Medical and sanitary report of the native army of Bengal for the year
Year: 1878
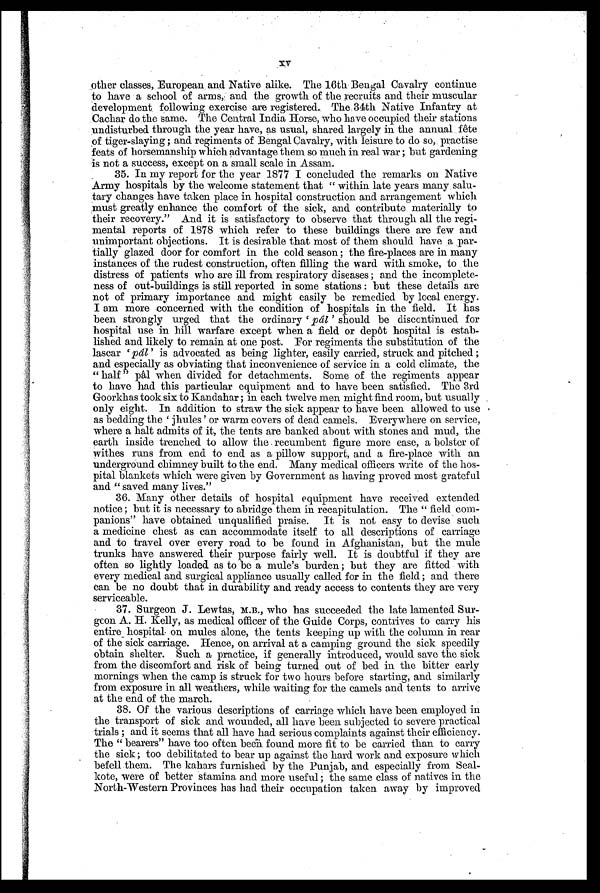
XV
other classes, European. and Native alike. The 16th Bengal Cavalry continue
to have a school of arms, and the growth of the recruits and their muscular
development following exercise are registered The 34th Native Infantry at
Cachar do the same. The Central India Horse, who have occupied their stations
undisturbed through the year have, as usual, shared largely in the annual fête
of tiger-slaying ; and regiments of Bengal Cavalry, with leisure to do so, practise
feats of horsemanship which advantage them so much in real war ; but gardening
is not a success, except on a small scale in Assam.
35. In my report for the year 1877 I concluded the remarks on Native
Army hospitals by the welcome statement that "within late years many salu
-tary changes have taken place in hospital construction and arrangement which
must greatly enhance the comfort of the sick, and contribute materially to
their recovery." And it is satisfactory to observe that through all the regi
-mental reports of 1878 which refer to these buildings there are few and
unimportant objections. It is desirable that most of them should have .a par
-tially glazed door for comfort in the cold season ; the fire-places are in many
instances of the rudest construction, often filling the ward with smoke, to the
distress of patients who are ill from respiratory diseases ; and the incomplete
-ness of out-buildings is still reported in some stations : but these details are
not of primary importance and might easily be remedied by local energy.
I am more concerned with the condition of hospitals in the field. It has
been strongly urged that the ordinary 'pâl' should be discontinued for
hospital use in hill warfare except when a field or depôt hospital is estab
-lished and likely to remain at one post. For regiments the substitution of the
lascar ' pâl' is advocated as being lighter, easily carried, struck and pitched ;
and especially as obviating that inconvenience of service in a cold climate, the
"half" pâl when divided for detachments. Some of the regiments appear
to have had this particular equipment and to have been satisfied. The 3rd
Goorkhas took six to Kandahar ; in each twelve men might find room, but usually
only eight. In addition to straw the sick appear to have been allowed to use
as beddi ng t he ' j hul es ' or war m cover s of dead camel s . Ever ywher e on s er vi ce,
where a halt admits of it, the tents are banked about with stones and mud, the
earth inside trenched to allow the recumbent figure more ease, a bolster of
withes runs from end to end as a pillow support, and a fire-place with an
underground chimney built to the end. Many medical officers write of the hos
-pital blankets which were given by Government as having proved most grateful
and "saved many lives."
36. Many other details of hospital equipment have received extended
notice ; but it is necessary to abridge them in recapitulation. The "field com
- p a n i o n s " h a v e o b t a i n e d u n q u a l i f i e d p r a i s e . I t i s n o t e a s y t o d e v i s e s u c h
a medicine chest as can accommodate itself to all descriptions of carriage
and to travel over every road to be found in Afghanistan, but the mule
trunks have answered their purpose fairly well. It is doubtful if they are
often so lightly loaded as to be a mule's burden ; but they are fitted with
every medical and surgical appliance usually called for in the field ; and there
can be no doubt that in durability and ready access to contents they are very
serviceable.
37. Surgeon J. Lewtas, M.B., who has succeeded the late lamented Sur
- g e o n A . H . K e l l y , a s m e d i c a l o f f i c e r o f t h e G u i d e C o r p s , c o n t r i v e s t o c a r r y h i s
entire hospital on mules alone, the tents keeping up with the column in rear
of the sick carriage. Hence, on arrival at a camping ground the sick speedily
obtain shelter. Such a practice, if generally introduced, would save the sick
from the discomfort and risk of being turned out of bed in the bitter early
mornings when the camp is struck for two hours before starting, and similarly
from exposure in all weathers, while waiting for the camels and tents to arrive
at the end of the march.
38. Of the various descriptions of carriage which have been employed in
the transport of sick and wounded, all have been subjected to severe practical
trials ; and it seems that all have had serious complaints against their efficiency.
The "bearers" have too often been found more fit to be carried than to carry
the sick ; too debilitated to bear up against the hard work and exposure which
befell them. The kahars furnished by the Punjab, and especially from Seal
- k o t e , w e r e o f b e t t e r s t a m i n a a n d m o r e u s e f u l ; t h e s a m e c l a s s o f n a t i v e s i n t h e
North-Western Provinces has had their occupation taken away by improved